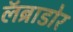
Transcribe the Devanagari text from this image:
लॅब्राडोर